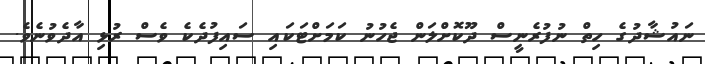
ނައުޝާދުގެ ހިތް ނުފުރެނީސް ދޫކޮށްލަން ޖެހުނު ކަމަށްޓަކައި ސައިފުދެކެ ވެސް ރުޅި އާދެވުނެވެ.